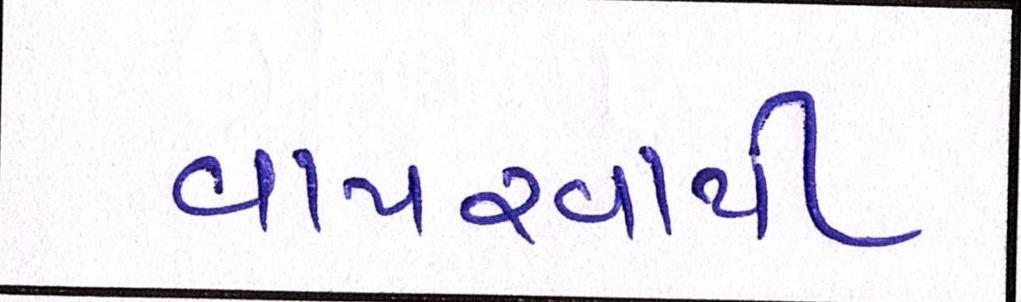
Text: વાપરવાથી